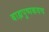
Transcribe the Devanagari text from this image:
बाह्मपुष्पकवच